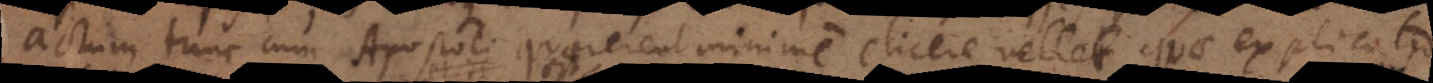
actum tunc cum Apostoli quaererent minime elicere vellet, quae explicatio